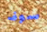
سوف